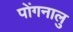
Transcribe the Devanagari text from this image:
पोंगनालु